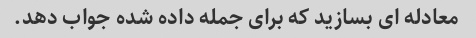
معادله ای بسازید که برای جمله داده شده جواب دهد.